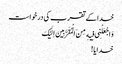
خدا کے تقرب کی درخواست
وَ اجْعَلْنِی فِیهِ مِنَ الْمُقَرَّبِینَ اِلَیْکَ
خدایا!